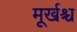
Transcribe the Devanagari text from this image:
मूर्खश्च